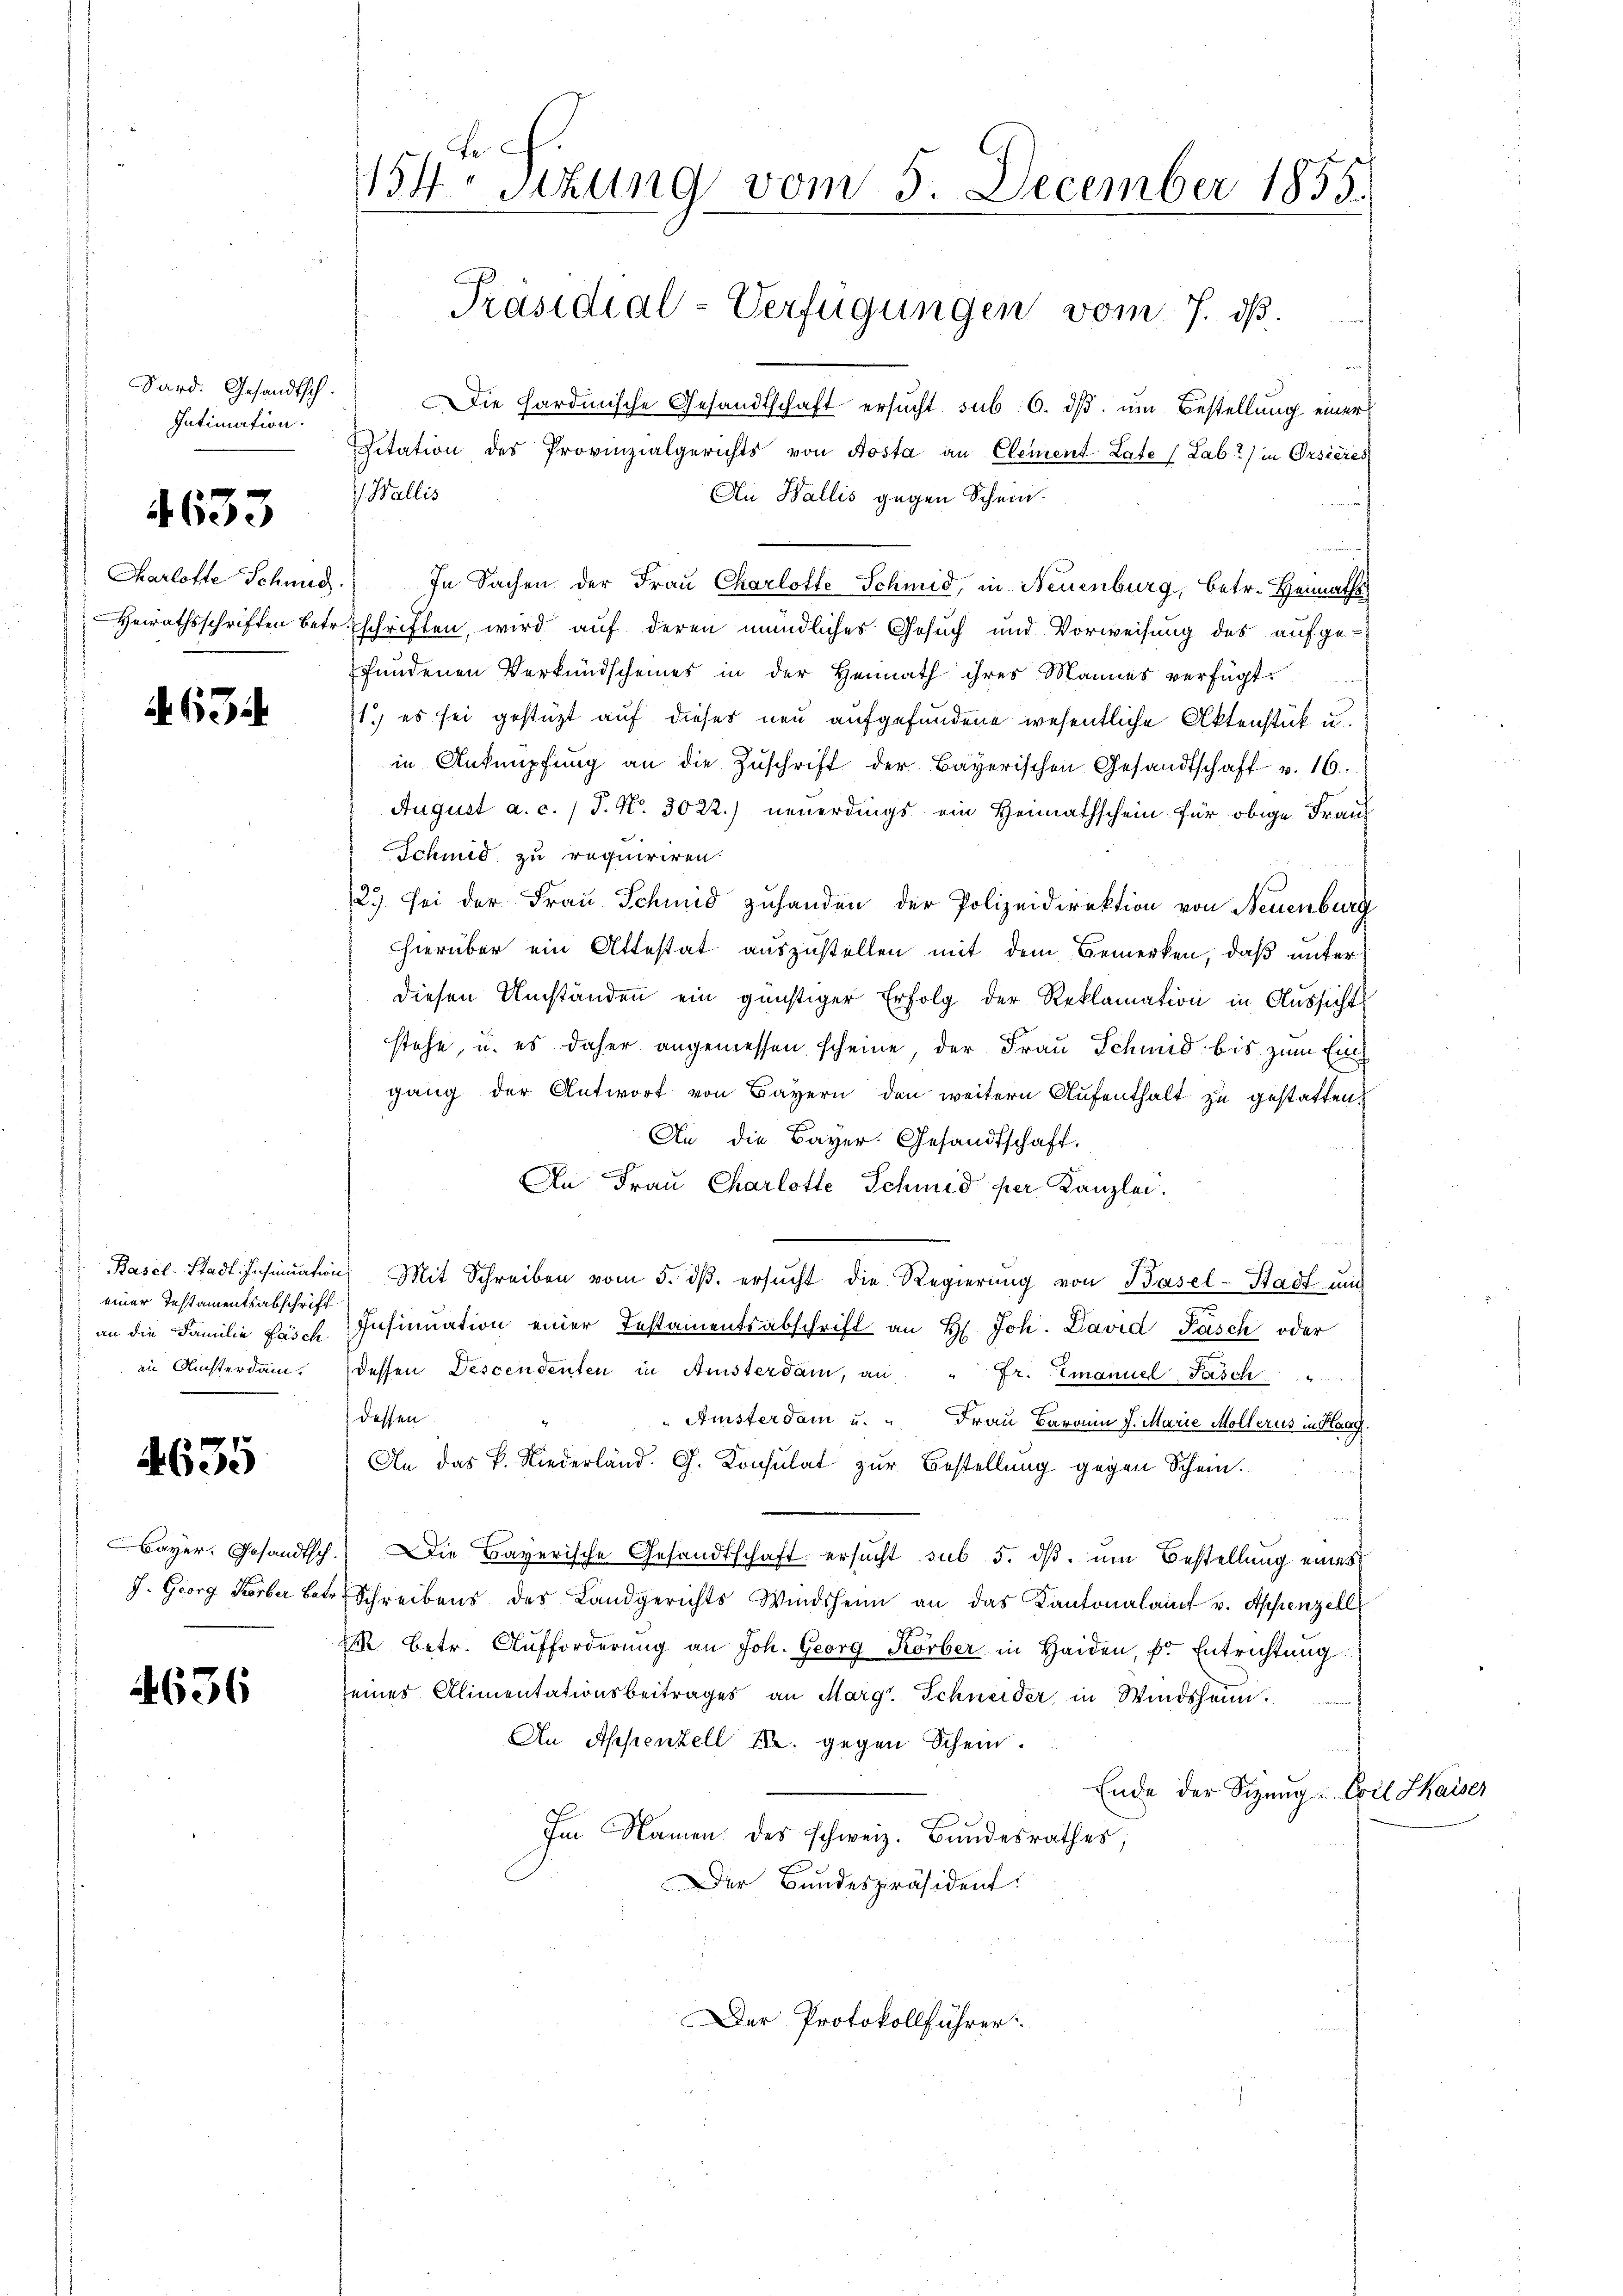
Sard. Gesandtsch.
Intimation.

4633

Charlotte Schmid
Heirathsschriften betr.

62

Basel-Stadt. Insinuation
einer Testamentsabschrift
an die Familie Fasch
in Ansterdam.

635

Bayer, Gesandtsch
J. Georg Korber Betr

4636

154 sizung vom 5. December 1855.
Präsidial-Verfügungen vom 7. ds.
i

Die Hardmische Gesandtschaft ersucht sub 6. ds um Bestellung einer
Citation des Provinzialgerichts von Aosta an Clement Late (Lab?) in Orsieres
(Wallis
Au Wallis gegen Schein.
In Sachen der Frau Charlotte Schmid, in Neuenburg, betr. Heimath
schriften, wird auf deren mündliches Gesuch und Vorweisung des aufge-
fundenen Verkundscheines in der Heimath ihres Mannes verfügt:
1.) es sei gestützt auf dieses neu aufgefundene wesentliche Aktenstück u.
in Anknüpfung an die Zuschrift der Bayerischen Gesandtschaft v. 16.
August a. c. / P. Nr. 3022.) neuerdings ein Heimathschein für obige Franz
Schmid zu requiriren.
2.) Sei der Frau Schmid zuhanden der Polizeidirektion von Neuenburg
hhierüber ein Attestat auszustellen mit dem Bemerken, daß unter
diesen Umständen ein günstiger Erfolg der Reklamation in Aussicht
stehe, u. es daher angemessen scheine der Frau Schmid bis zum Ein
gang der Antwort von Bayern den weitern Aufenthalt zu gestatten,
An die Bayer. Gesandtschaft,
An Frau Charlotte Schmid per Kanzlei.
Mit Schreiben vom 5. dβ. ersŭcht die Regierung von Basel-Stadt und
Insinuation einer Testamentsabschrift an H. Joh. David Pasch oder
dessen Descendenten in Ansterdam, an " fr. Emanuel Fasch  ..  ..
dessen
" Amsterdam u. " Frau Barann J. Marie Möllerus in Haag
An das P. Niederland. G. Konsulat zur Bestellung gegen Schein.
Die Bayerische Gesandtschaft ersucht sub 5. dß um Bestellung eines
Schreibens des Landgerichts Windsheim an das Kantonalamt u. Appenzell
1 betr. Aufforderŭng an Joh. Georg Körber in Haiden, Dr. Entrichtung
eines Alimentationsbeitrages an Marg. Schneider in Windsheim.
An Appenzell M. gegen Schein.
Ende der Sizung. Evil Shaiser
Im Namen des schweiz. Bundesrathes;
Der Bundespräsident:

Der Protokollführer: